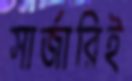
সার্জারিই